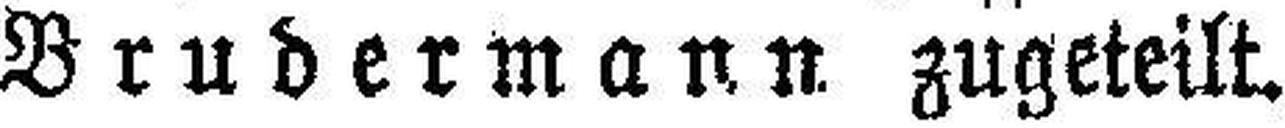
Brudermann zugeteilt.